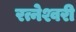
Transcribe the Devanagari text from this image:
रत्नेश्वरी